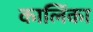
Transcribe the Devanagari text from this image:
कालिंका